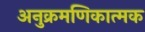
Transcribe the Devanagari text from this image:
अनुक्रमणिकात्मक